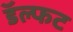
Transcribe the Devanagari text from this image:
डॅल्फट